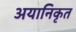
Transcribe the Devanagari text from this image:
अयानिकृत